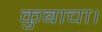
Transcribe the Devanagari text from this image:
कुबाचा।